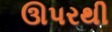
ઊપરથી